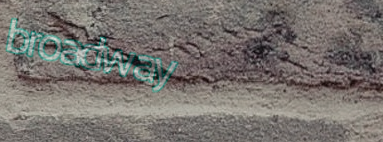
broadway